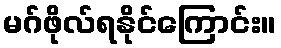
မဂ်ဖိုလ်ရနိုင်ကြောင်း။